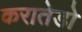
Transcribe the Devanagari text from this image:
करातेडो